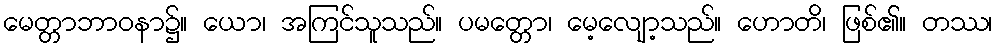
မေတ္တာဘာဝနာ၌။ ယော၊ အကြင်သူသည်။ ပမတ္တော၊ မေ့လျော့သည်။ ဟောတိ၊ ဖြစ်၏။ တဿ၊